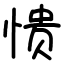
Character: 愦